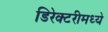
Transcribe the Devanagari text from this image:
डिरेक्टरीमध्ये